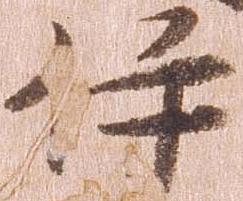
伊